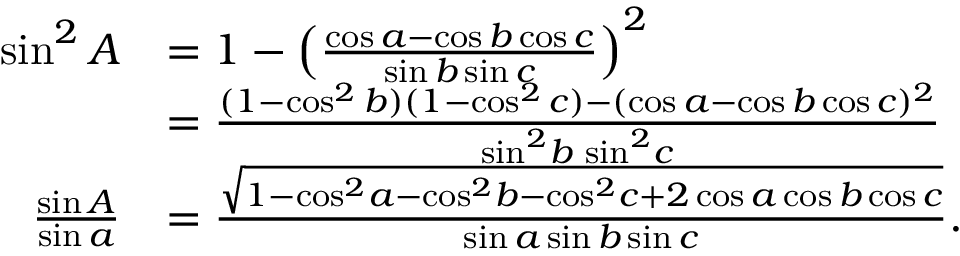
{ \begin{array} { r l } { \sin ^ { 2 } A } & { = 1 - \left( { \frac { \cos a - \cos b \cos c } { \sin b \sin c } } \right) ^ { 2 } } \\ & { = { \frac { ( 1 - \cos ^ { 2 } b ) ( 1 - \cos ^ { 2 } c ) - ( \cos a - \cos b \cos c ) ^ { 2 } } { \sin ^ { 2 } \! b \, \sin ^ { 2 } \! c } } } \\ { { \frac { \sin A } { \sin a } } } & { = { \frac { \sqrt { 1 - \cos ^ { 2 } \! a - \cos ^ { 2 } \! b - \cos ^ { 2 } \! c + 2 \cos a \cos b \cos c } } { \sin a \sin b \sin c } } . } \end{array} }